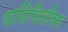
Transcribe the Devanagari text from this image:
परिमितीवर